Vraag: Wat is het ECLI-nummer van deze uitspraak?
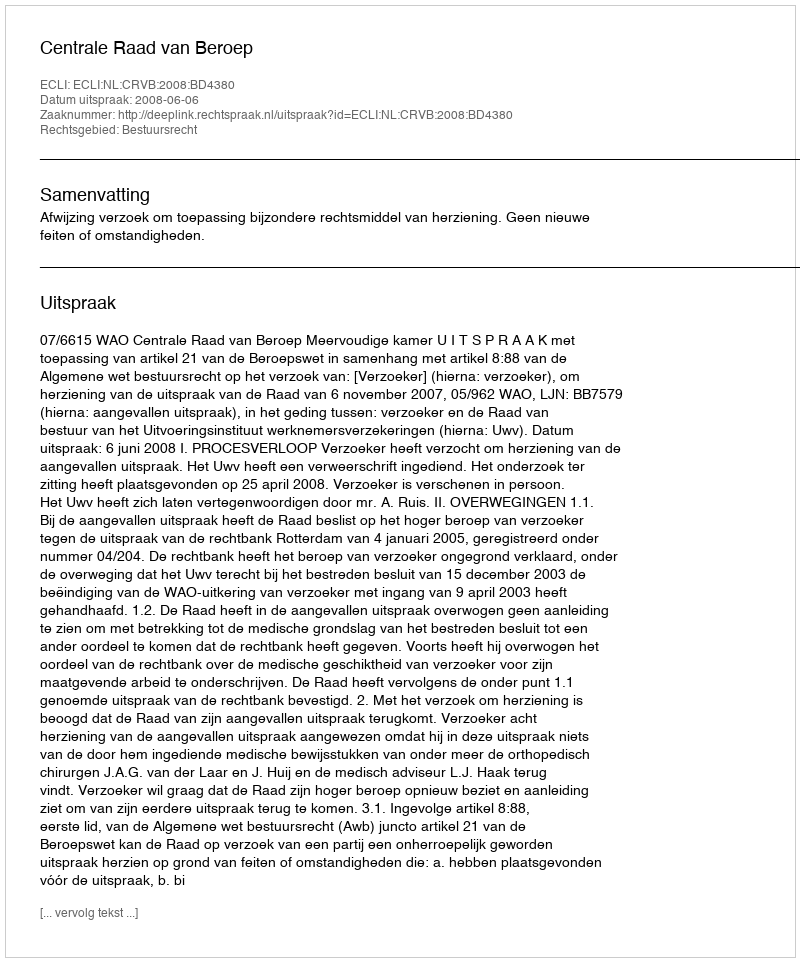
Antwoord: ECLI:NL:CRVB:2008:BD4380